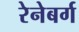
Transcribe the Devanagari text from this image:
रेनेबर्ग